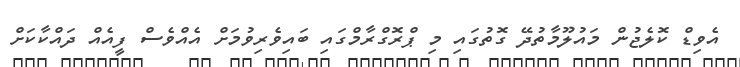
އެވިޑް ކޮލެޖުން މައުލޫމާތުދޭ ގޮތުގައި މި ޕްރޮގްރާމްގައި ބައިވެރިވުމަށް އެއްވެސް ފީއެއް ދައްކާކަށް